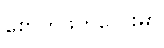
စောက်ဖုတ်လေးမှာ